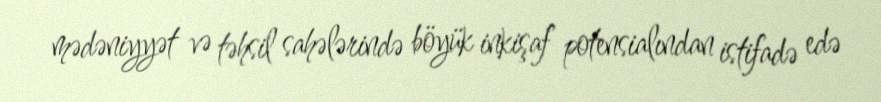
mədəniyyət və təhsil sahələrində böyük inkişaf potensialından istifadə edə